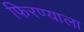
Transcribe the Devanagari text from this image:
फिरण्याला